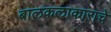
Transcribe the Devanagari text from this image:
बालकलाकाराचे